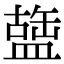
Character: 䀇